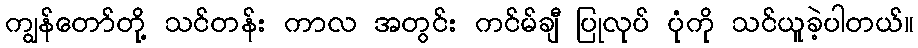
ကျွန်တော်တို့ သင်တန်း ကာလ အတွင်း ကင်မ်ချီ ပြုလုပ် ပုံကို သင်ယူခဲ့ပါတယ်။